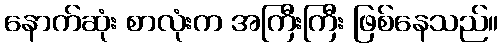
နောက်ဆုံး စာလုံးက အကြီးကြီး ဖြစ်နေသည်။